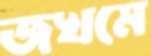
জখমে